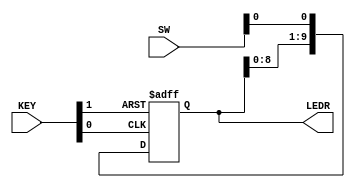
module shift_reg_with_reset (KEY, SW, LEDR);

input   [1:0]   KEY;
input   [9:0]   SW;
output  [9:0]   LEDR;

wire            clk = KEY[0];
wire            rst_n = KEY[1];

reg     [9:0]   shift_reg;

assign LEDR = shift_reg;
                                        
always @(posedge clk, negedge rst_n)

    if (~rst_n) begin
        shift_reg <= 0;
    end else begin
        shift_reg <= {shift_reg[8:0], SW[0]};    
    end
    
endmodule